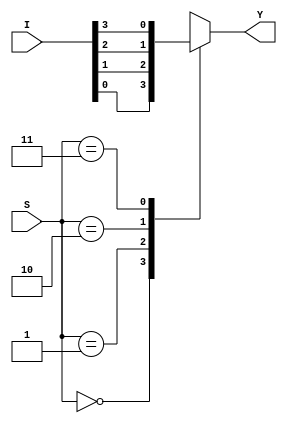
/* Autor: Sergio Garino Vargas
 * Carn: B73157
 * Fecha de entrega: 9/12/2022
 */

module MUX4x1_Case( input [3:0] I,
                    input [1:0] S,
                    output reg Y);

    always @ (*)
        case (S)
            2'd0 : Y = I[0];
            2'd1 : Y = I[1];
            2'd2 : Y = I[2];
            2'd3 : Y = I[3];
        endcase

endmodule